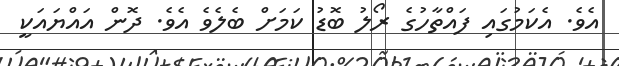
އެވެ. އެކަމުގައި ފައްތާހުގެ ރޯލު ބޮޑު ކަމަށް ބެލެވެ އެވެ. ދޮން އައްޔައަކީ